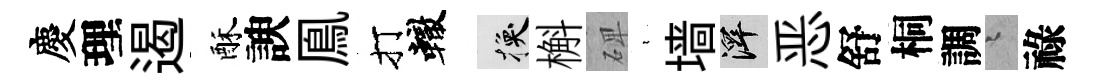
慶理遏酥諛鳯打轍换槲𥓓裊墙澤恶舒桐調迢祿